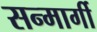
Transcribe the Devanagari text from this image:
सन्मार्गी